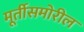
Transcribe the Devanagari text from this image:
मूर्तीसमोरील